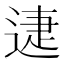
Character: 𨓰